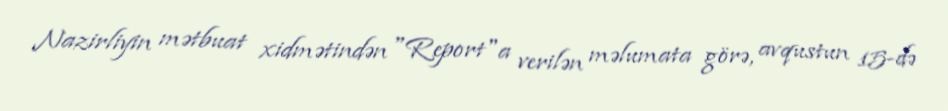
Nazirliyin mətbuat xidmətindən "Report"a verilən məlumata görə, avqustun 15-də